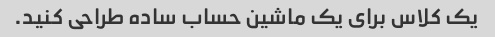
یک کلاس برای یک ماشین حساب ساده طراحی کنید.